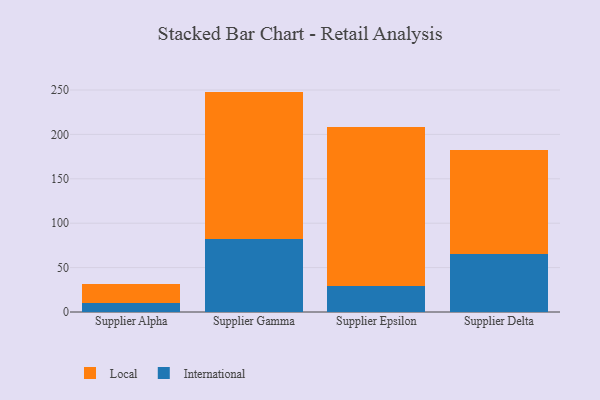
{"axis": {"x": "Supplier", "y": "Page Views"}, "legend": ["International", "Local"], "data": [{"x": "Supplier Alpha", "y": 10.5, "type": "International"}, {"x": "Supplier Alpha", "y": 21.1, "type": "Local"}, {"x": "Supplier Gamma", "y": 81.9, "type": "International"}, {"x": "Supplier Gamma", "y": 166.3, "type": "Local"}, {"x": "Supplier Epsilon", "y": 29.7, "type": "International"}, {"x": "Supplier Epsilon", "y": 179.2, "type": "Local"}, {"x": "Supplier Delta", "y": 65.1, "type": "International"}, {"x": "Supplier Delta", "y": 117.0, "type": "Local"}]}